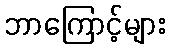
ဘာကြောင့်များ